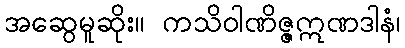
အဆွေမူဆိုး။ ကသိဝါဏိဇ္ဇဣဏဒါနံ၊